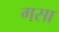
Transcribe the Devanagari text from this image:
गसा